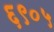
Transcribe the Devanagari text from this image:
६९०५